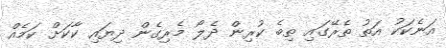
އަނެކަކު އަތު ތެރޭގައި ތިބެ ކުރިން ދެލޯ މެރިގެން ދިޔައި ކާކަށް ކަމެއް